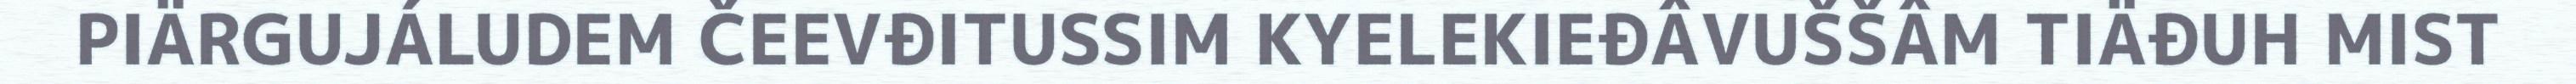
PIÄRGUJÁLUDEM ČEEVĐITUSSIM KYELEKIEĐÂVUŠŠÂM TIÄĐUH MIST